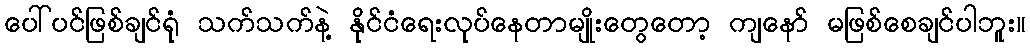
ပေါ်ပင်ဖြစ်ချင်ရုံ သက်သက်နဲ့ နိုင်ငံရေးလုပ်နေတာမျိုးတွေတော့ ကျနော် မဖြစ်စေချင်ပါဘူး။